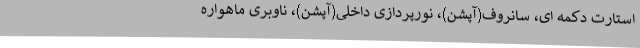
استارت دکمه ای، سانروف(آپشن)، نورپردازی داخلی(آپشن)، ناوبری ماهواره